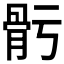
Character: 𩨗